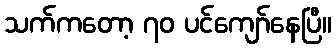
သက်ကတော့ ၇၀ ပင်ကျော်နေပြီ။